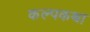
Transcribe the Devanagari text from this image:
कल्पकथा